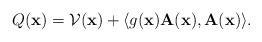
LaTeX: \begin{align*}Q(\mathbf{x})=\mathcal{V}(\mathbf{x})+\langle g(\mathbf{x})\mathbf{A}(\mathbf{x}),\mathbf{A}(\mathbf{x})\rangle .\end{align*}